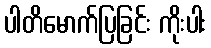
ပါတိမောက်ပြခြင်း ကိုးပါး